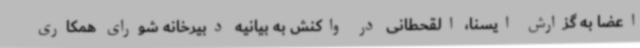
اعضا به گزارش ایسنا، القحطانی در واکنش به بیانیه دبیرخانه شورای همکاری